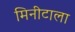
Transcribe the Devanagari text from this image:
मिनीटाला